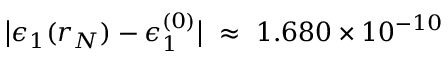
\big | \epsilon _ { 1 } ( r _ { N } ) - \epsilon _ { 1 } ^ { ( 0 ) } \big | ~ \approx ~ 1 . 6 8 0 \times 1 0 ^ { - 1 0 }